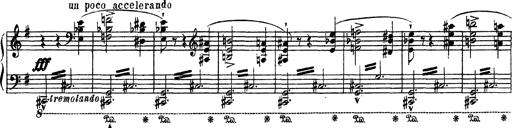
Title: AnnÃ©es de PÃ¨lerinage III
Composer: Franz Liszt